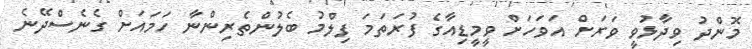
މޮންދު ވިދާޅުވީ ވަރަށް އަވަހަށް ވީމީޑިއާގެ ފުރަތަމަ ފިލްމު ބެލުންތެރިންނާ ހަމައަށް ގެނެސްދޭނެ